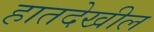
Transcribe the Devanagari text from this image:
हातदेखील